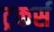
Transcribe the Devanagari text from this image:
ट्रकर्स